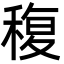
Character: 稪